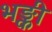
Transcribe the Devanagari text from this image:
भङ्की